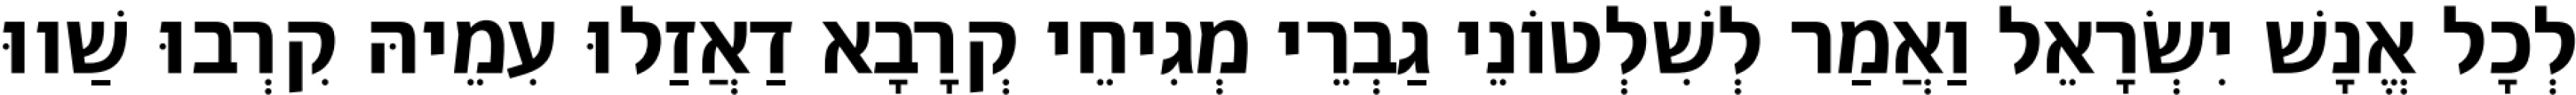
לְכָל אֱנָשׁ יִשְׂרָאֵל וַאֲמַר לְשִׁלְטוֹנֵי גַבְרֵי מְגִיחֵי קְרָבָא דַאֲזַלוּ עִמֵיהּ קִרְבוּ שַׁווּ